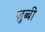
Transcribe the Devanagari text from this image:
ज़ुब्बी